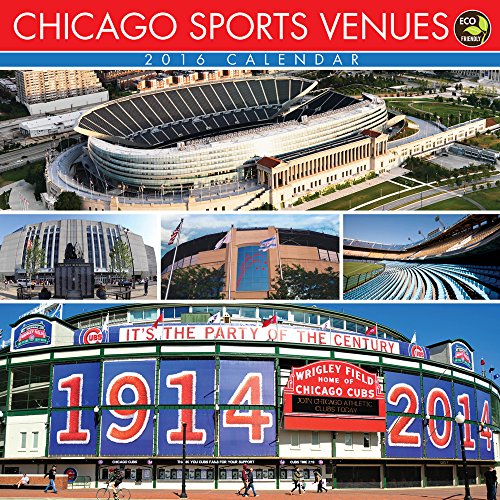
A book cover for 2016 Chicago Sports Venues Wall Calendar; TF Publishing; Calendars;